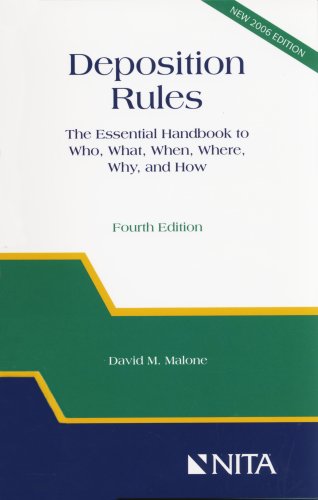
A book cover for Deposition Rules: The Essential Handbook to Who, What, When, Where, Why, and How, Fourth Edition; David M. Malone; Law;